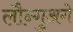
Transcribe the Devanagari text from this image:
लौन्गुअगे